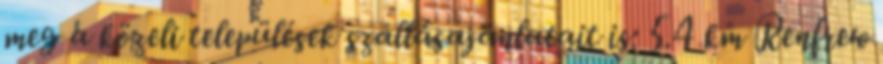
meg a közeli települések szállásajánlatait is: 5.4 km Renfrew